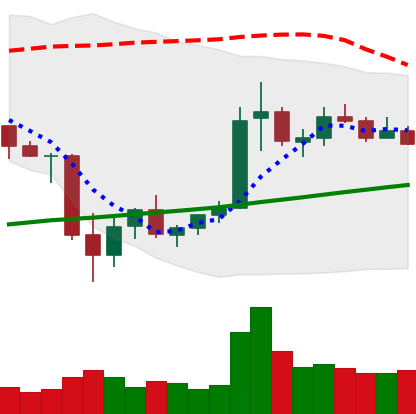
Ticker: ETC-USD
Chart end date: 2021-07-07
Forward return: -9.46%
Label: down_7plus